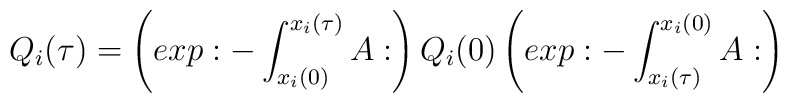
Q_i(\tau) =\left(exp:-\int_{x_i(0)}^{x_i(\tau)}A:\right)Q_i(0)\left(exp:-\int_{x_i(\tau)}^{x_i(0)}A:\right)